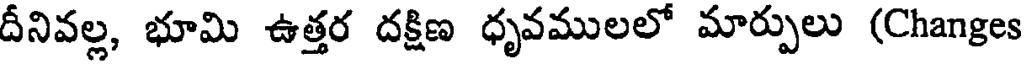
దీనివల్ల, భూమి ఉత్తర దక్షిణ ధృవములలో మార్పులు (Changes